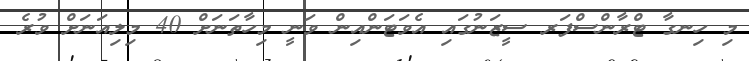
މި ހިނގާ ޓްރާންސްފަރ ސީޒަނުގައި އެވަޓަންއިން ވަނީ މިހާތަނަށް 40 މިލިއަނަށް ވުރެ